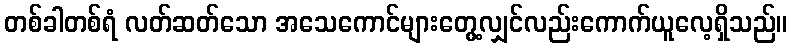
တစ်ခါတစ်ရံ လတ်ဆတ်သော အသေကောင်များတွေ့လျှင်လည်းကောက်ယူလေ့ရှိသည်။